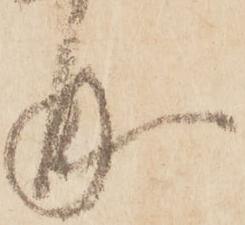
曲